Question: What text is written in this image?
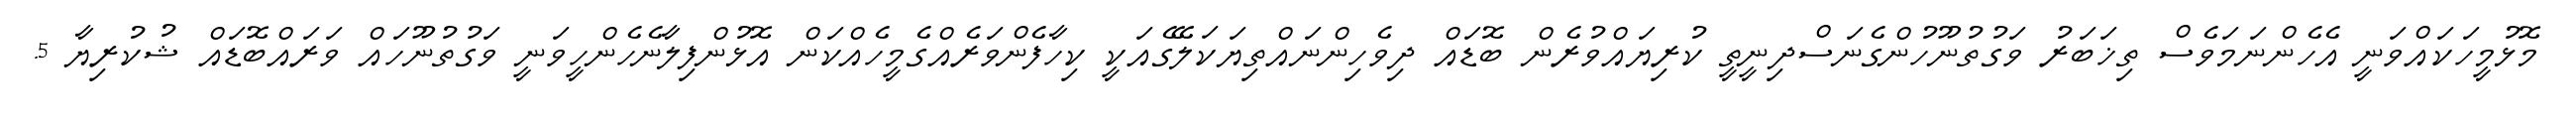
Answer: މޮޅުމީހަކައްވަނީ އެހެންނަމަވެސް ތިޚަބަރު ވަގުތުނޫހުންގެނަސްދިނީތީ ކުރިޔައްވުރެން ބޮޑައް ދިވެހިންނައްތިޔަކަލޭގެއަކީ ކިހާފެންވަރެއްގެމީހެއްކަން އޮޅުންފިލާނެހެންހީވަނީ ވަގުތުނޫހައް ވަރައްބޮޑައް ޝުކުރިޔާ 5.